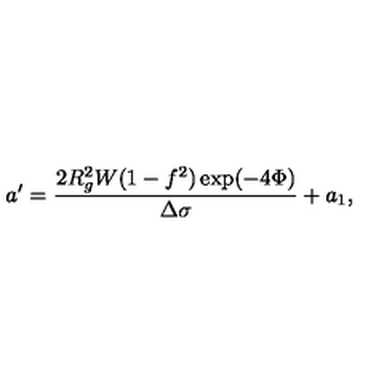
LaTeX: a ^ { \prime } = \frac { 2 R _ { g } ^ { 2 } W ( 1 - f ^ { 2 } ) \exp ( - 4 \Phi ) } { \Delta \sigma } + a _ { 1 } ,